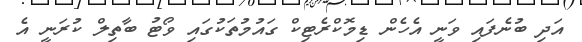
އަދި ބުނެފައި ވަނީ އެހެން ޑިމޮކްރެޓިކް ގައުމުތަކުގައި ވޯޓު ބާތިލް ކުރަނީ އެ